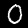
Label: 0